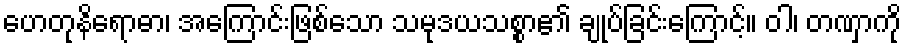
ဟေတုနိရောဓာ၊ အကြောင်းဖြစ်သော သမုဒယသစ္စာ၏ ချုပ်ခြင်းကြောင့်။ ဝါ၊ တဏှာကို